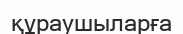
құраушыларға